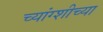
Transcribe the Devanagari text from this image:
च्यांग्शीच्या